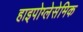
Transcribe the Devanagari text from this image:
हाइपोग्लेसेमिक